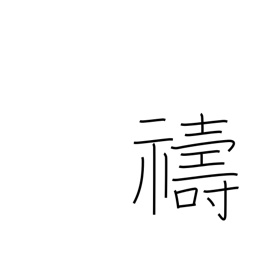
Meaning: entreat